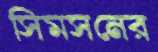
সিমসনের